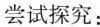
尝试探究：